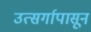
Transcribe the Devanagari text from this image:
उत्सर्गापासून